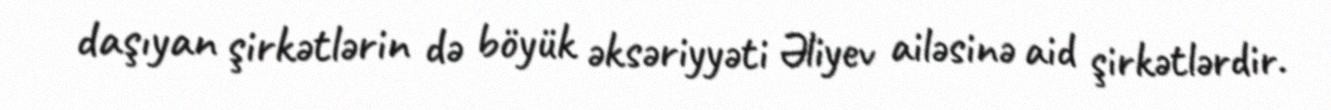
daşıyan şirkətlərin də böyük əksəriyyəti Əliyev ailəsinə aid şirkətlərdir.